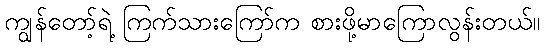
ကျွန်တော့်ရဲ့ ကြက်သားကြော်က စားဖို့မာကြောလွန်းတယ်။